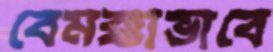
বেমক্কাভাবে